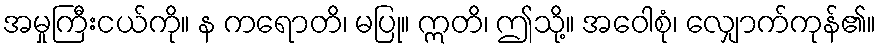
အမှုကြီးငယ်ကို။ န ကရောတိ၊ မပြု။ ဣတိ၊ ဤသို့။ အဝေါစုံ၊ လျှောက်ကုန်၏။